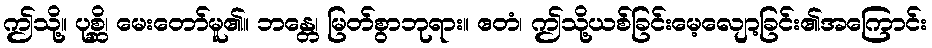
ဤသို့။ ပုစ္ဆိ၊ မေးတော်မူ၏။ ဘန္တေ၊ မြတ်စွာဘုရား။ ဧတံ၊ ဤသို့ယစ်ခြင်းမေ့လျော့ခြင်း၏အကြောင်း